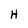
Character: H